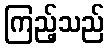
ကြည့်သည်